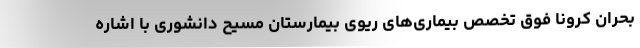
بحران کرونا فوق تخصص بیماری‌های ریوی بیمارستان مسیح دانشوری با اشاره